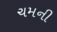
ચમની